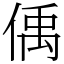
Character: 偊